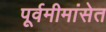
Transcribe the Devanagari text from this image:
पूर्वमीमांसेत